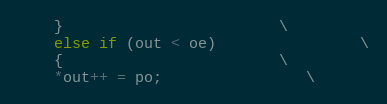
Language: C++
    }						\
    else if (out < oe)				\
    {						\
	*out++ = po;				\